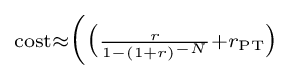
\scriptstyle {\scriptstyle {\rm {cost}}}\approx {\Big (}{\big (}{\frac {r}{1-(1+r)^{-N}}}+r_{\rm {PT}}{\big )}